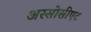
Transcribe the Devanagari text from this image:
अस्सोसीएट